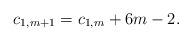
LaTeX: \begin{align*} c_{1,m+1}=c_{1,m}+6m-2.\end{align*}